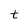
Character: t